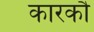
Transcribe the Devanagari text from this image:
कारकौ